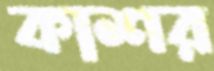
কাশর